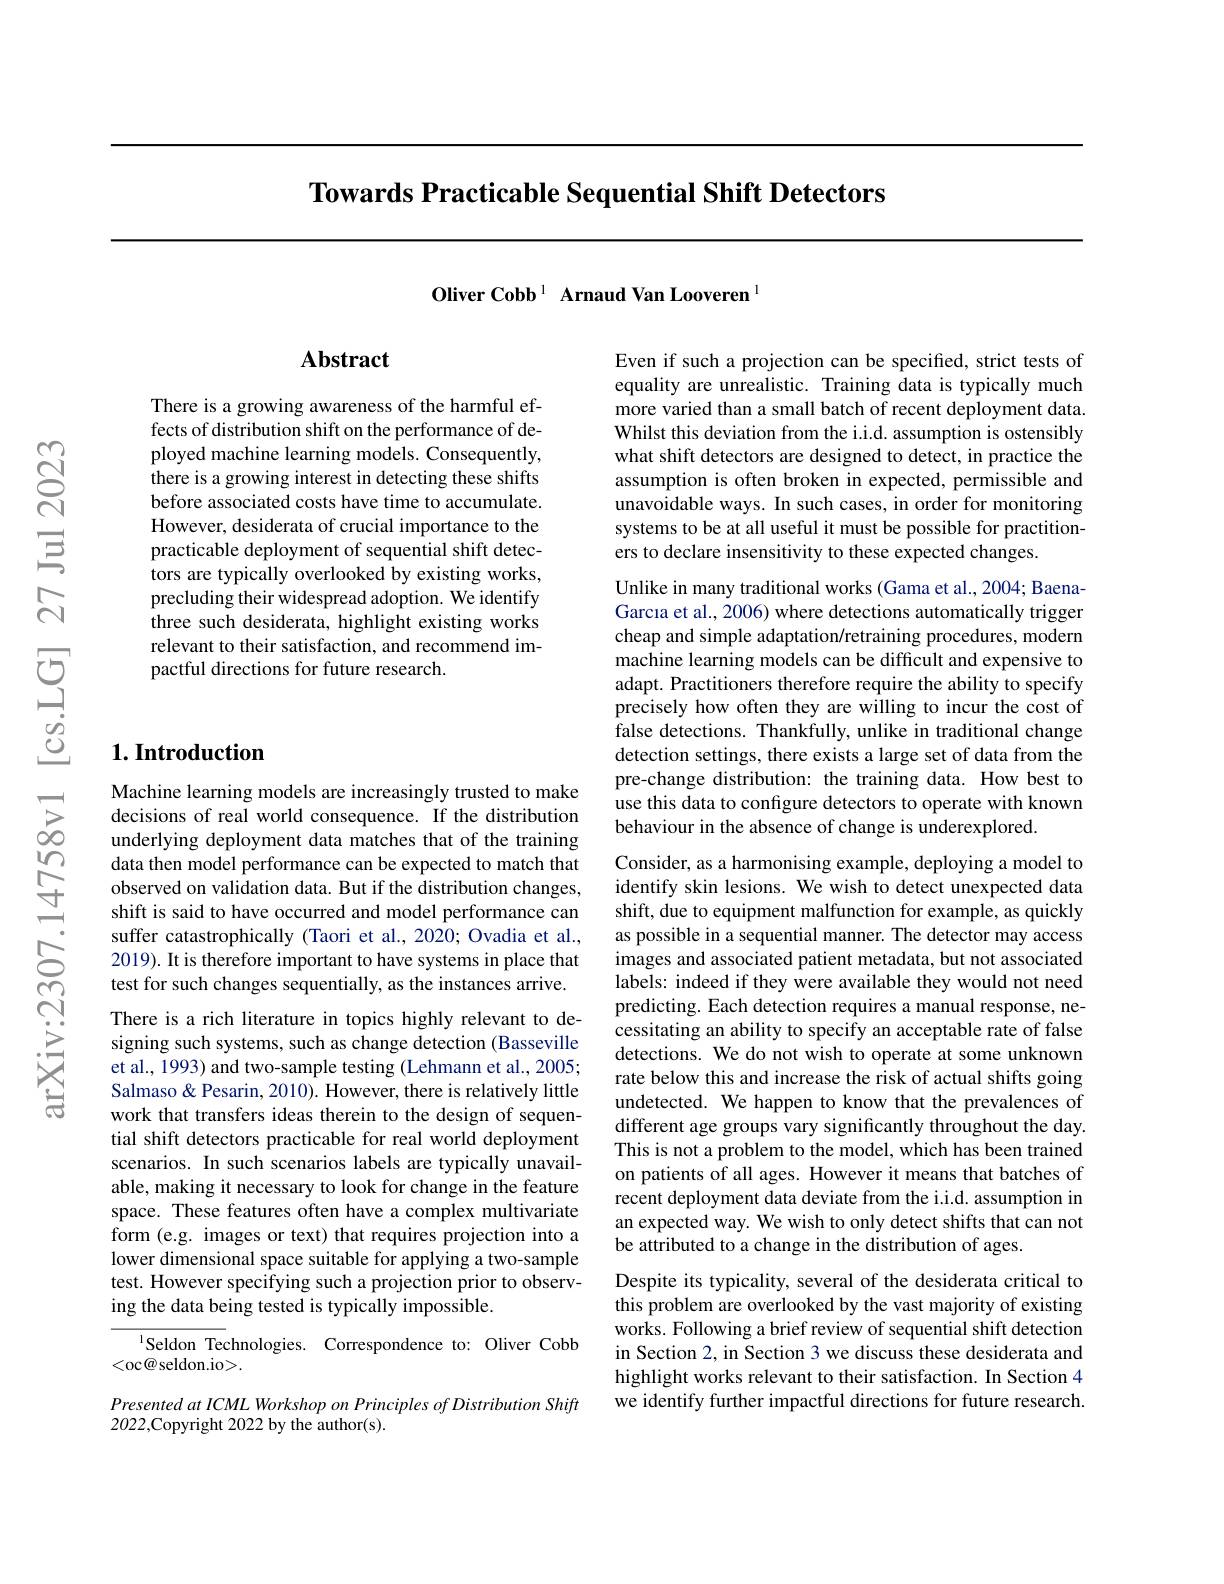
Towards Practicable Sequential Shift Detectors

Oliver Cobb $^1\textbf{Arnaud Van Looveren}^{1}$

## $\mathbf{Abstract}$

There is a growing awareness of the harmful effects of distribution shift on the performance of deployed machine learning models. Consequently, there is a growing interest in detecting these shifts before associated costs have time to accumulate. However, desiderata of crucial importance to the practicable deployment of sequential shift detectors are typically overlooked by existing works, precluding their widespread adoption. We identify three such desiderata, highlight existing works relevant to their satisfaction, and recommend impactful directions for future research.

### $1. \textbf{Introduction}$

Machine learning models are increasingly trusted to make decisions of real world consequence. If the distribution underlying deployment data matches that of the training data then model performance can be expected to match that observed on validation data. But if the $\hat{\text{distribution changes,}}$ shift is said to have occurred and model performance can suffer catastrophically (Taori et al., 2020; Ovadia et al., 2019). It is therefore important to have systems in place that test for such changes sequentially, as the instances arrive.

There is a rich literature in topics highly relevant to designing such systems, such as change detection (Basseville et al., 1993) and two-sample testing (Lehmann et al., 2005; Salmaso& Pesarin, 2010). However, there is relatively little work that transfers ideas therein to the design of sequential shift detectors practicable for real world deployment scenarios. In such scenarios labels are typically unavailable, making it necessary to look for change in the feature space. These features often have a complex multivariate form (e.g. images or text) that requires projection into a lower dimensional space suitable for applying a two-sample test. However specifying such a projection prior to observing the data being tested is typically impossible.
$^{\mathrm{l}}$Seldon Technologies. Correspondence to: Oliver Cobb

<oc@ seldon.io>.

Presented at ICML Workshop on Principles of Distribution Shift
2022,Copyright 2022 by the author(s).

Even if such a projection can be specified, strict tests of equality are unrealistic. Training data is typically much more varied than a small batch of recent deployment data. Whilst this deviation from the i.i.d. assumption is ostensibly what shift detectors are designed to detect, in practice the assumption is often broken in expected, permissible and $\hat{\text{unavoidable ways. In such cases, in order for monitoring}}$ systems to be at all useful it must be possible for practitioners to declare insensitivity to these expected changes.

Unlike in many traditional works (Gama et al., 2004; BaenaGarcıa et al., 2006) where detections automatically trigger cheap and simple adaptation/retraining procedures, modern machine learning models can be difficult and expensive to adapt. Practitioners therefore require the ability to specify precisely how often they are willing to incur the cost of false detections. Thankfully, unlike in traditional change detection settings, there exists a large set of data from the pre-change distribution: the training data. How best to use this data to configure detectors to operate with known behaviour in the absence of change is underexplored.

Consider, as a harmonising example, deploying a model to identify skin lesions. We wish to detect unexpected data shift, due to equipment malfunction for example, as quickly as possible in a sequential manner. The detector may access images and associated patient metadata, but not associated labels: indeed if they were available they would not need predicting. Each detection requires a manual response, necessitating an ability to specify an acceptable rate of false detections. We do not wish to operate at some unknown rate below this and increase the risk of actual shifts going undetected. We happen to know that the prevalences of different age groups vary significantly throughout the day. This is not a problem to the model, which has been trained on patients of all ages. However it means that batches of recent deployment data deviate from the i.i.d. assumption in an expected way. We wish to only detect shifts that can not be attributed to a change in the distribution of ages.

Despite its typicality, several of the desiderata critical to this problem are overlooked by the vast majority of existing works. Following a brief review of sequential shift detection in Section 2, in Section 3 we discuss these desiderata and highlight works relevant to their satisfaction. In Section 4 we identify further impactful directions for future research.